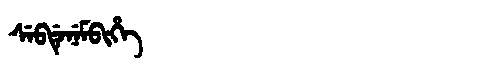
Manchu: ᠰᡝᠪᡩᡝᠨᡝᠮᠪᡳᡥᡝ
Romanization: SEBDENEMBIHE